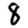
Digit: 8